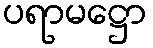
ပရာမဋ္ဌော